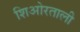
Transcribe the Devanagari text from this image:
शिओरताली